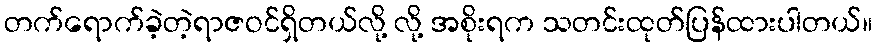
တက်ရောက်ခဲ့တဲ့ရာဇဝင်ရှိတယ်လို့ လို့ အစိုးရက သတင်းထုတ်ပြန်ထားပါတယ်။